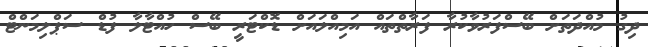
ދިގު މުއްދަތަށް ބޭސްފަރުވާކުރާ ފަރާތްތައް އަމިއްލައަށް ޑޮކްޓަރީ ބޭސް ހުއްޓާލާ ފުޑް ސަޕްލިމަންޓް